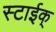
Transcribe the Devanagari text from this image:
स्टाईक्